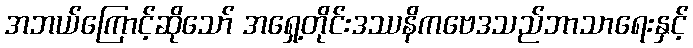
အဘယ်ကြောင့်ဆိုသော် အရှေ့တိုင်းဒဿနိကဗေဒသည်ဘာသာရေးနှင့်